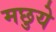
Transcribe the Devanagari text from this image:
मछुये